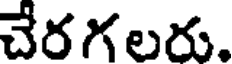
చేరగలరు.